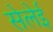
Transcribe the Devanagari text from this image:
सेलेई